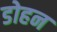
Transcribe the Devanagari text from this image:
डोहन